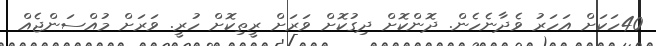
40ހަކަށް އަހަރު ވެދާނެހެން. ދޮންކޮށް ދިގުކޮށް ވަރަށް ރީތިކޮށް ހުރީ. ވަރަށް މުއްސަންޖެއް